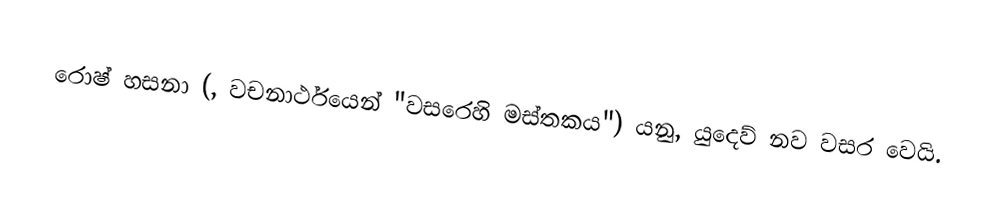
රොෂ් හසනා (, වචනාර්ථයෙන් "වසරෙහි මස්තකය") යනු, යුදෙව් නව වසර වෙයි.